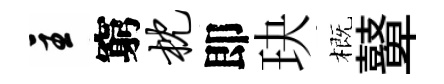
主窮枕即玦概鼙